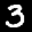
Label: 3